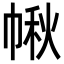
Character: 𢃸